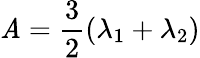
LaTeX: \mathit{A}=\frac{{3}}{{2}}\left(\lambda_{1}+\lambda_{2}\right)